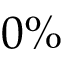
0 \%